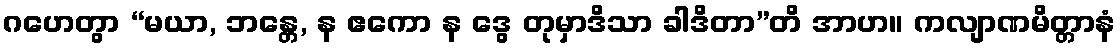
ဂဟေတွာ “မယာ, ဘန္တေ, န ဧကော န ဒွေ တုမှာဒိသာ ခါဒိတာ”တိ အာဟ။ ကလျာဏမိတ္တာနံ